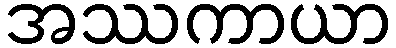
အဿကာယာ